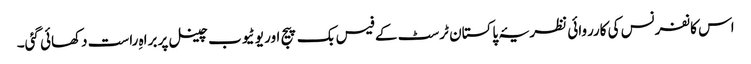
اس کانفرنس کی کارروائی نظریۂ پاکستان ٹرسٹ کے فیس بک پیج اور یوٹیوب چینل پر براہِ راست دکھائی گئی۔